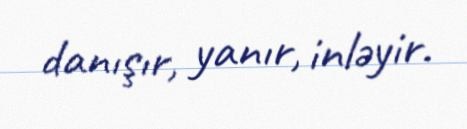
danışır, yanır, inləyir.